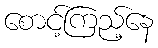
စောင့်ကြည့်နေ